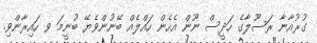
ގުރުއާނާ ރަސޫލާގެ ހަދީސް ނޫން އެހެން ހައްލެއް ބޭނުންވެޔޭ ބުނީމަ ވ ހައިރާންވި.